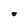
Character: O